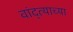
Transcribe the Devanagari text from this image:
वांद्त्‍याच्या